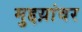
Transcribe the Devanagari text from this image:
मुद्दय़ांवर